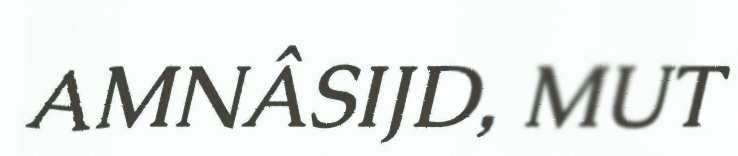
AMNÂSIJD, MUT